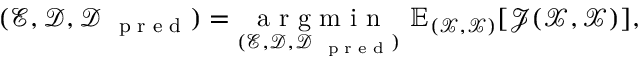
( \mathcal E , \mathcal D , \mathcal D _ { \mathrm { ~ \scriptsize ~ p ~ r ~ e ~ d ~ } } ) = \underset { ( \mathcal E , \mathcal D , \mathcal D _ { \mathrm { ~ \tiny ~ p ~ r ~ e ~ d ~ } } ) } { \mathrm { ~ a ~ r ~ g ~ m ~ i ~ n ~ } } ~ \mathbb { E } _ { ( \mathcal X , \mathscr X ) } [ \mathcal J ( \mathcal X , \mathscr X ) ] ,